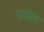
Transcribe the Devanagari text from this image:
पायोला